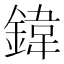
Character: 鍏